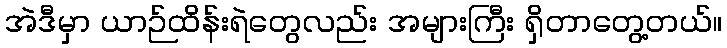
အဲဒီမှာ ယာဉ်ထိန်းရဲတွေလည်း အများကြီး ရှိတာတွေ့တယ်။